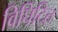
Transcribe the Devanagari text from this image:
विघिटित